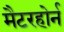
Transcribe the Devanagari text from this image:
मैटरहोर्न